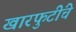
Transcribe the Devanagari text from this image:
खारफुटींचे